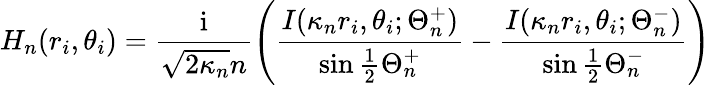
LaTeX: H_{n}(r_{i},\theta_{i})=\frac{\mathrm{i}}{\sqrt{2\kappa_{n}}n}\left(\frac{I(\kappa_{n}r_{i},\theta_{i};\Theta_{n}^{+})}{\sin\frac{1}{2}\Theta_{n}^{+}}-\frac{I(\kappa_{n}r_{i},\theta_{i};\Theta_{n}^{-})}{\sin\frac{1}{2}\Theta_{n}^{-}}\right)